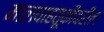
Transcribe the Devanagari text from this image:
मालवाहतूकीवरील